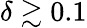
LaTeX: \delta\gtrsim 0.1